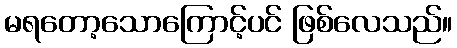
မရတော့သောကြောင့်ပင် ဖြစ်လေသည်။